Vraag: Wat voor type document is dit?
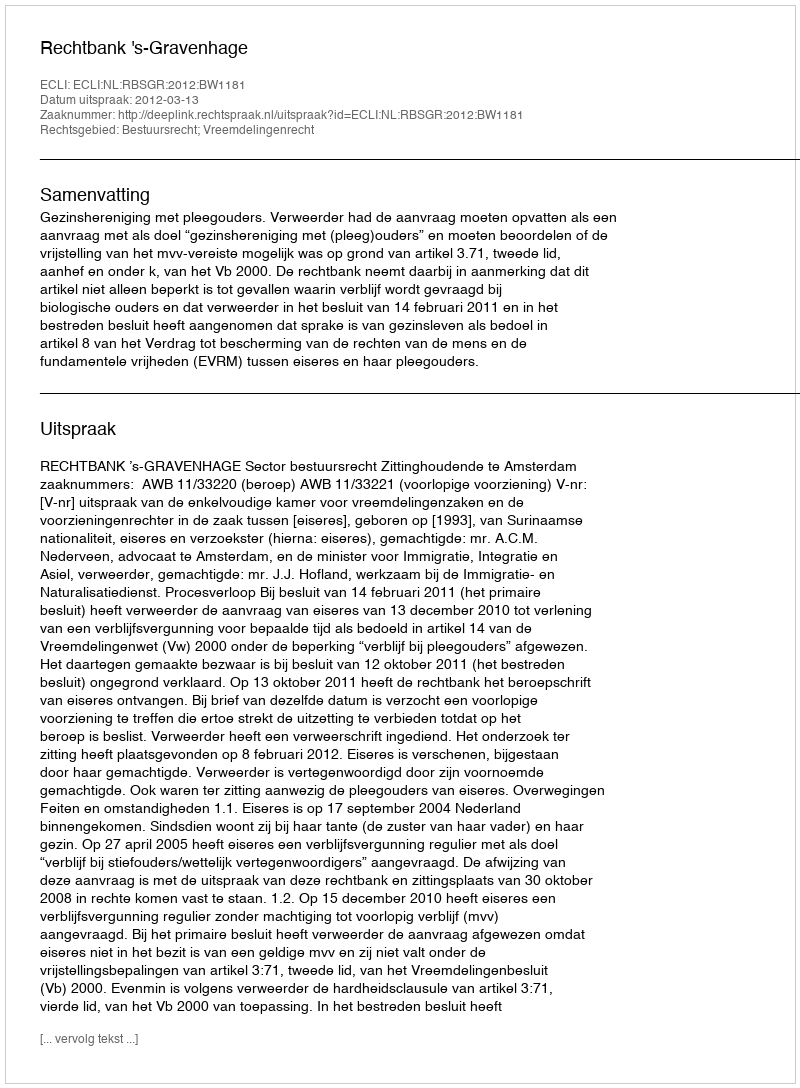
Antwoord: Uitspraak